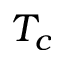
T _ { c }